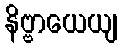
နိဗ္ဗာယေယျ